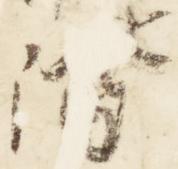
階